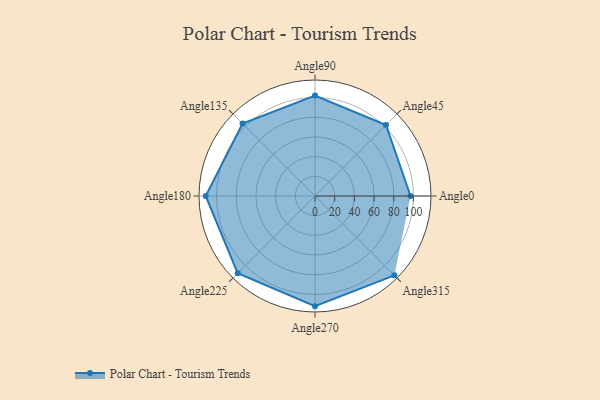
{"axis": {"x": "Angle", "y": "Radius"}, "legend": [""], "data": [{"x": "Angle0", "y": 97.0, "type": ""}, {"x": "Angle45", "y": 102.0, "type": ""}, {"x": "Angle90", "y": 102.0, "type": ""}, {"x": "Angle135", "y": 104.0, "type": ""}, {"x": "Angle180", "y": 111.0, "type": ""}, {"x": "Angle225", "y": 111.0, "type": ""}, {"x": "Angle270", "y": 112.0, "type": ""}, {"x": "Angle315", "y": 114.0, "type": ""}]}